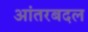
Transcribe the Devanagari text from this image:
आंतरबदल